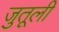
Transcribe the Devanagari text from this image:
जुतूली